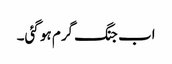
اب جنگ گرم ہو گئی۔